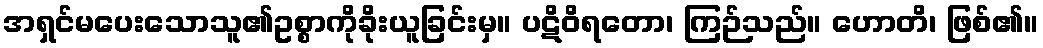
အရှင်မပေးသောသူ၏ဥစ္စာကိုခိုးယူခြင်းမှ။ ပဋိဝိရတော၊ ကြဉ်သည်။ ဟောတိ၊ ဖြစ်၏။